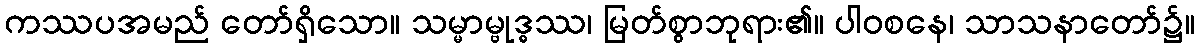
ကဿပအမည် တော်ရှိသော။ သမ္မာမ္ဗုဒ္ဓဿ၊ မြတ်စွာဘုရား၏။ ပါဝစနေ၊ သာသနာတော်၌။